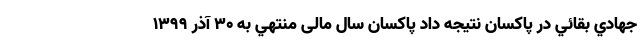
جهادي بقائي در پاكسان نتيجه داد پاکسان سال مالی منتهي به 30 آذر 1399